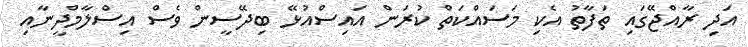
އަދި ރާއްޖޭގައި ތަފާތު އެކި މަސައްކަތް ކުރަން އައިސްއުޅޭ ބިދޭސީން ވެސް އިސްލާމްދީނާއި